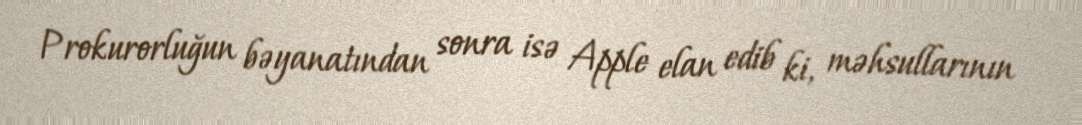
Prokurorluğun bəyanatından sonra isə Apple elan edib ki, məhsullarının